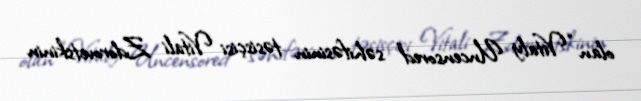
olan “Vitaly Uncensored” səhifəsinin təsisçisi Vitali Zdorovetskinin